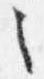
之